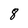
Character: 8